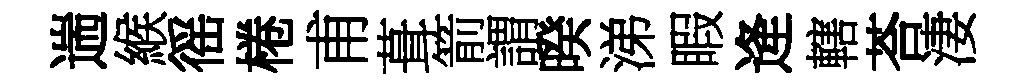
遄緱徭棬甫葺箭謂暌涕睱逄轄荅淒